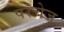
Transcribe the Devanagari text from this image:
परचेज